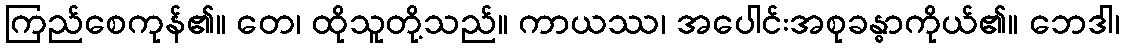
ကြည်စေကုန်၏။ တေ၊ ထိုသူတို့သည်။ ကာယဿ၊ အပေါင်းအစုခန္ဓာကိုယ်၏။ ဘေဒါ၊